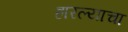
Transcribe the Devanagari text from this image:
हारल्याचा